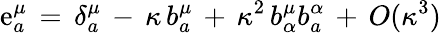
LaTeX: \mathrm{e}_{a}^{\mu}\, =\, \delta_{a}^{\mu}\, -\, \kappa\, b_{a}^{\mu}\, +\, \kappa^{2}\, b_{\alpha}^{\mu}b_{a}^{\alpha}\, +\, O(\kappa^{3})